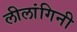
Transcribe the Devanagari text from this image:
लीलांगिनी